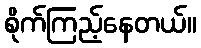
စိုက်ကြည့်နေတယ်။